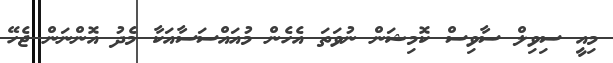
މިއީ ސިވިލް ސާވިސް ކޮމިޝަން ނުވަތަ އެހެން މުއައްސަސާއަކާ މެދު އޮންނަން ޖެހޭ